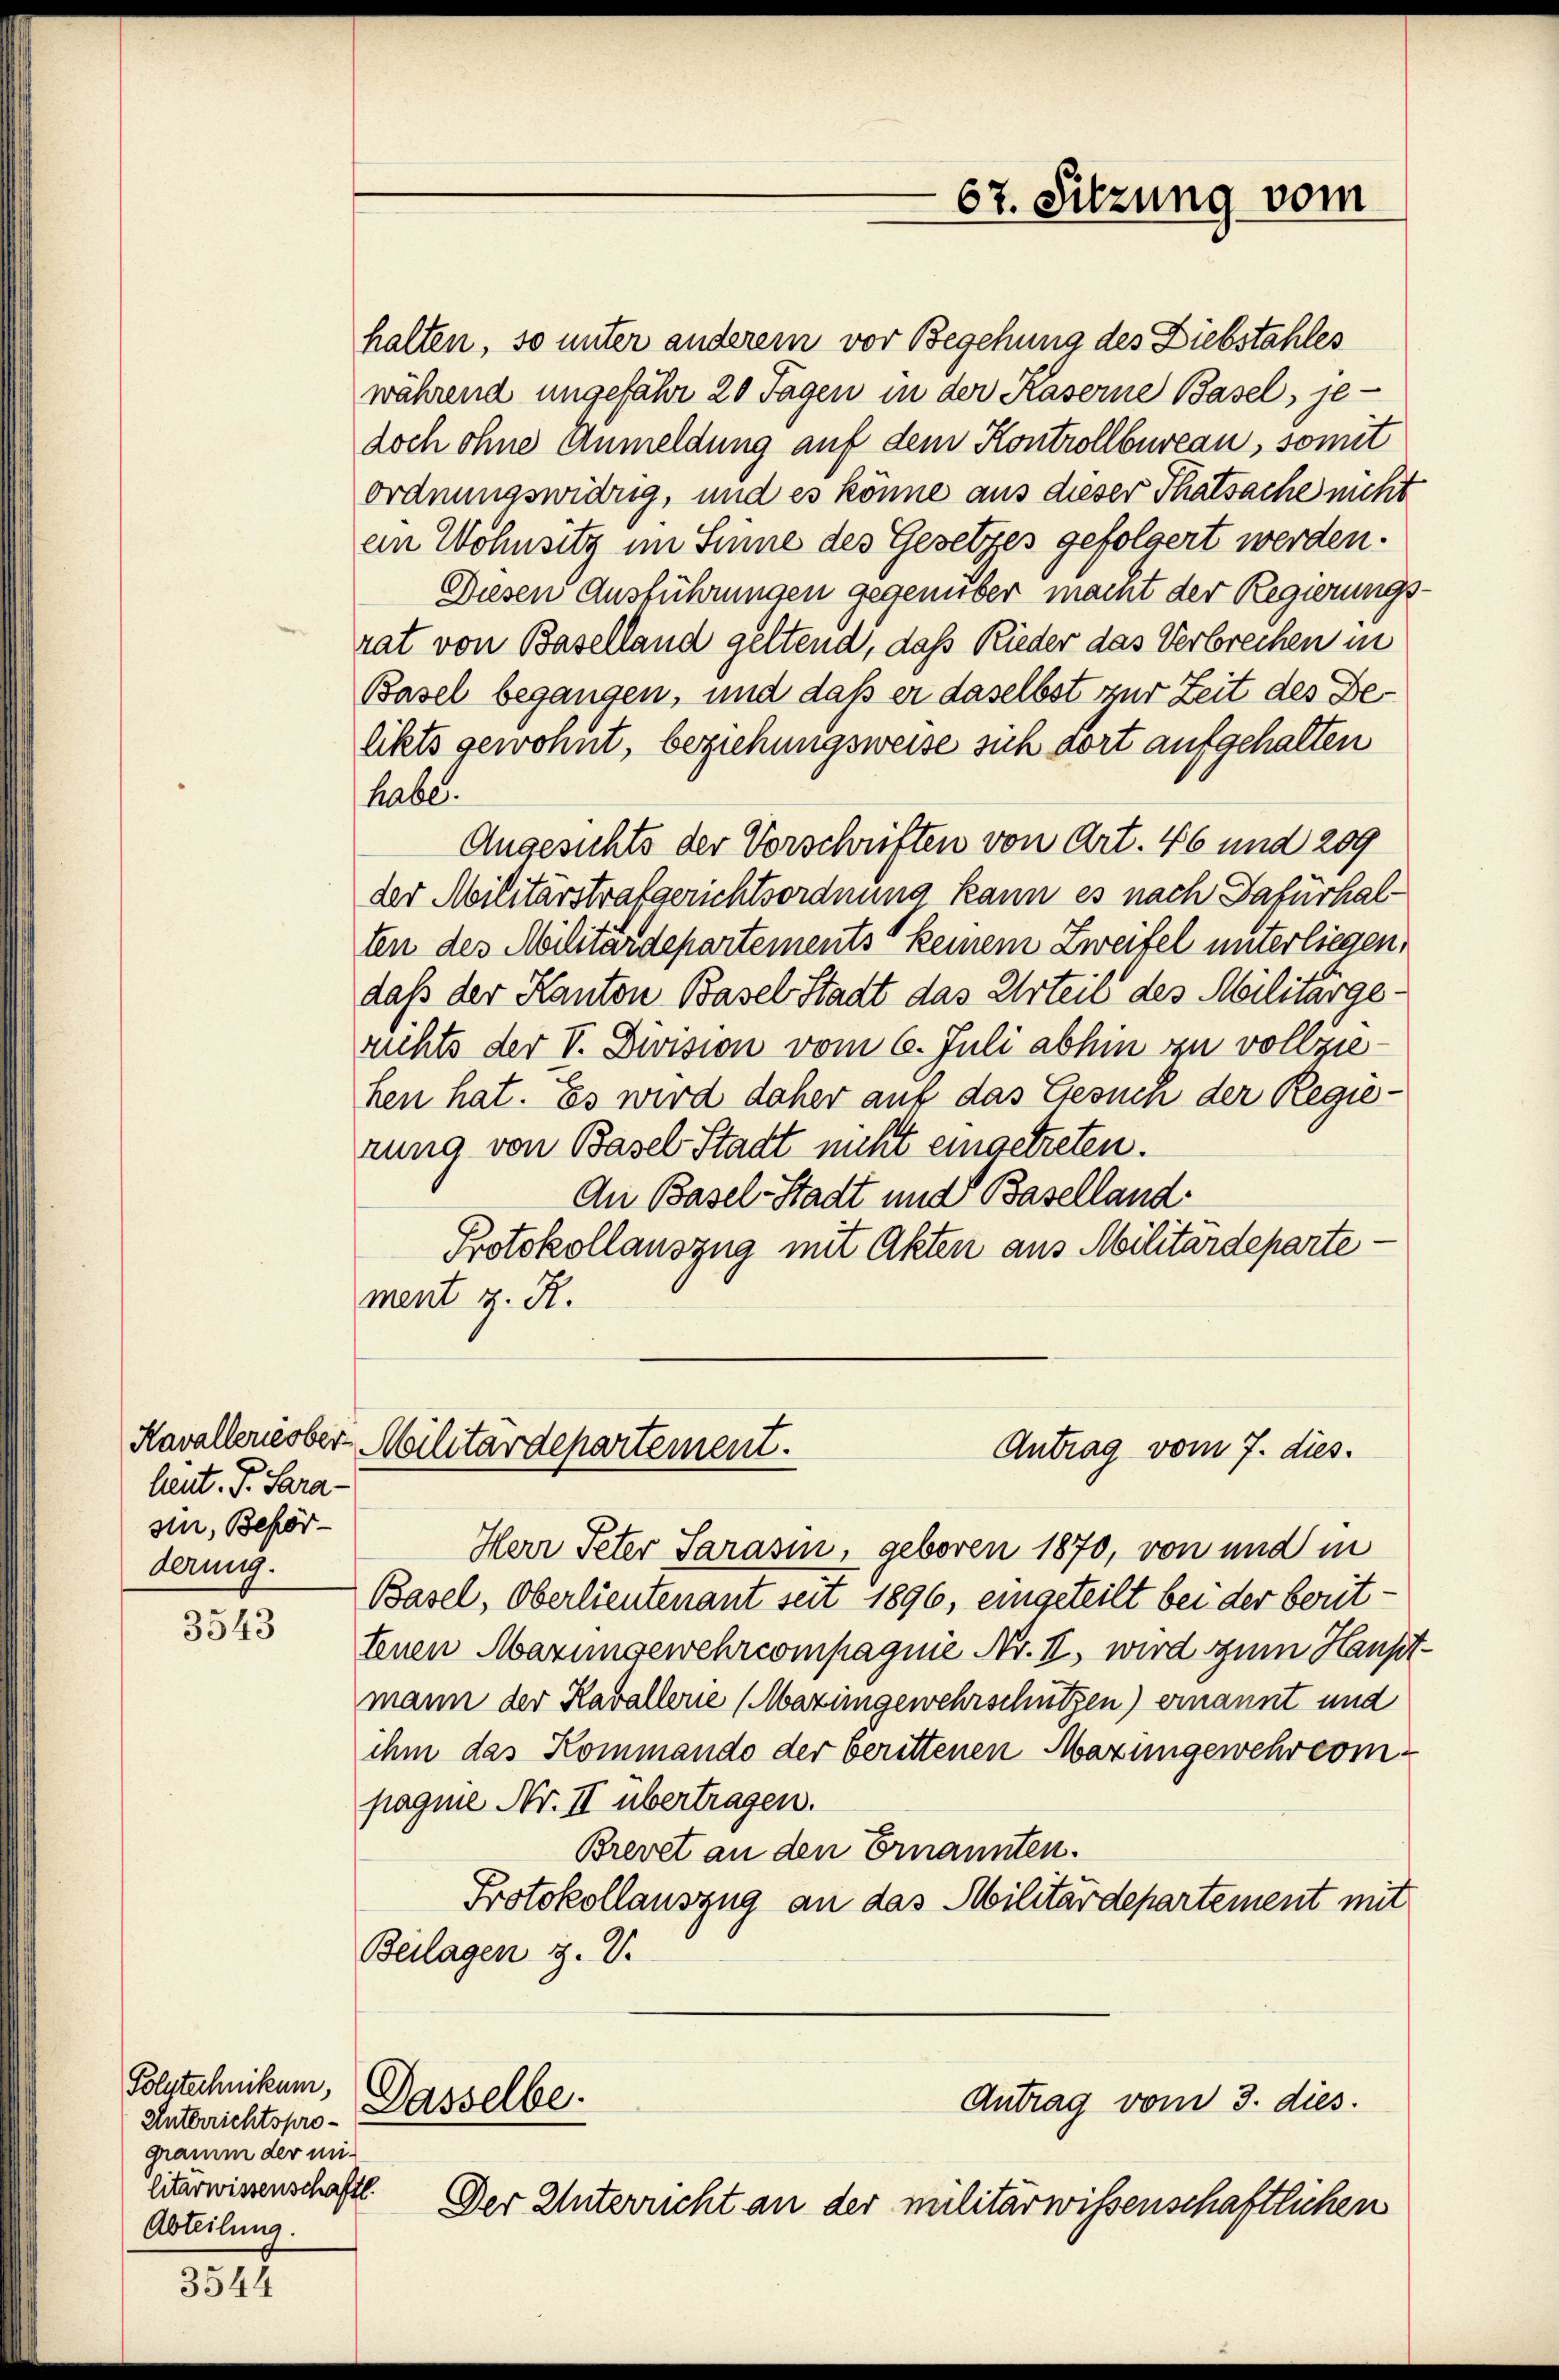
lent. P. Para-
sin, Behör
derung.

3543

3544

halten, so unter anderem vor Begehung des Diebstahles
während ungefähr 20 Tagen in der Kaserne Basel, je-
doch ohne Anmeldung auf dem Kontrollbureau, somit
ordnungswidrig, und es könne aus dieser Thatsache nicht
en Wohnsitz im Sinne des Gesetzes gefolgert werden.
Diesen Ausführungen gegenüber mannt der Regierungs-
rat von Baselland geltend, daß Rieder das Verbrechen in
Basel begangen, und daß er daselbst zur Zeit des Delikts gewonnt, beziehungsweise sich dort aufgehalten
habe.
Angesichts der Vorschriften von Art. 46 und 209
der Militärstrafgerichtsordnung kann es nach Dafürhalten des Militärdepartements“ keinem Zweifel unterliegen,
daß der Kanton Basel Stadt das Urteil des Militärgerichts der V. Division vom 6. Juli abhin zu vollziehen hat. Es wird daher auf das Gesuch der Regierung von Basel-Stadt nicht eingetreten.
An Basel-Stadt und Baselland
Protokollauszug mit Akten aus Militärdeparte-
ment z. R.

Kavallerie ober-Militärdepartement.
Antrag vom 7. dies.

Polytechnikum,
Unterrichtsprogramm der mit
litärwissenschaftl.
Abteilung.

Dasselbe.

67. Sitzung vom

Herr Peter Sarasin, geboren 1870, von und in
Basel, Oberlieutenant seit 1896, eingeteilt bei der berittenen Marungewehrcompagnie Nr. II., wird zum Hauptmann der Kavallerie (Mazingewehrschützen) ernannt und
ihm das Kommando der berittenen Mazungewehreompagnie Nr. II übertragen.
Brevet an den Ernannten.
Protokollauszug an das Militärdepartement mit
Beilagen z. V.

Antrag vom 3. dies.

Der Unterricht an der militärwissenschaftlichen